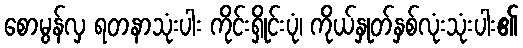
စောမွန်လှ ရတနာသုံးပါး ကိုင်းရှိုင်းပုံ၊ ကိုယ်နှုတ်နှစ်လုံးသုံးပါး၏